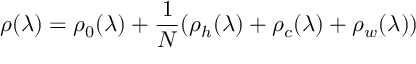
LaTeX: \rho ( \lambda ) = \rho _ { 0 } ( \lambda ) + \frac { 1 } { N } ( \rho _ { h } ( \lambda ) + \rho _ { c } ( \lambda ) + \rho _ { w } ( \lambda ) )